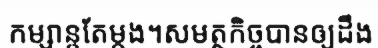
កម្សាន្តតែម្តង។សមត្ថកិច្ចបានឲ្យដឹង